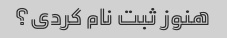
هنوز ثبت نام کردی؟